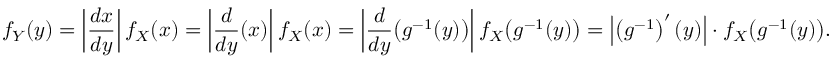
f _ { Y } ( y ) = \left| { \frac { d x } { d y } } \right| f _ { X } ( x ) = \left| { \frac { d } { d y } } ( x ) \right| f _ { X } ( x ) = \left| { \frac { d } { d y } } { \big ( } g ^ { - 1 } ( y ) { \big ) } \right| f _ { X } { \big ( } g ^ { - 1 } ( y ) { \big ) } = { \left| \left( g ^ { - 1 } \right) ^ { \prime } ( y ) \right| } \cdot f _ { X } { \big ( } g ^ { - 1 } ( y ) { \big ) } .